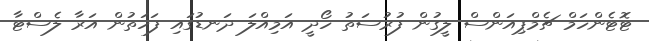
ޓޮޓެންހަމް ޗެމްޕިއަންސް ލީގުން ފުރުސަތު ހޯދީ އަމިއްލަ ދަނޑުގައި ފަހަތުން އަރާ ލެސްޓާ